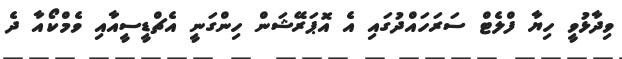
ވިދާޅުވީ ހިޔާ ފްލެޓް ސަރަހައްދުގައި އެ އޮޕަރޭޝަން ހިންގަނީ އެޗްޑީސީއާއި ވެމްކޯއާ ދެ